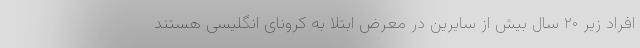
افراد زیر ۲۰ سال بیش از سایرین در معرض ابتلا به کرونای انگلیسی هستند